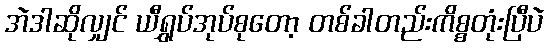
အဲဒါဆိုလျှင် ယီရွှပ်အုပ်စုတော့ တစ်ခါတည်းကိစ္စတုံးပြီပဲ